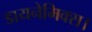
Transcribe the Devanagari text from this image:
डायनेमिक्स।